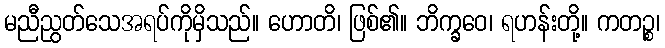
မညီညွတ်သေအရပ်ကိုမှိသည်။ ဟောတိ၊ ဖြစ်၏။ ဘိက္ခဝေ၊ ရဟန်းတို့။ ကတဉ္စ၊